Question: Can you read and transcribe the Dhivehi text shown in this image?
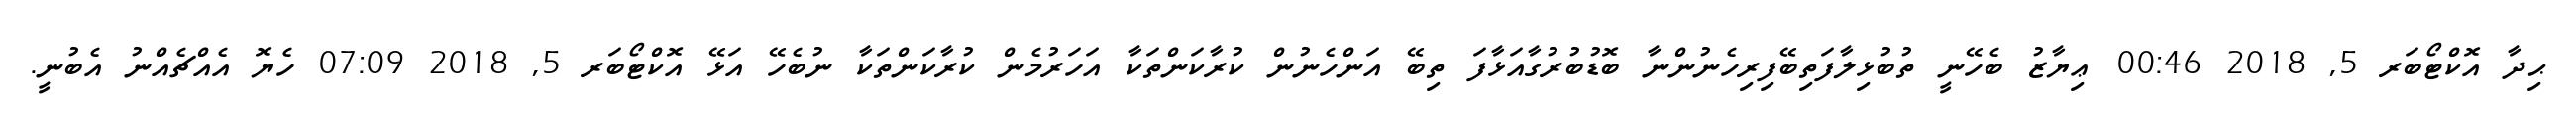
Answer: ޙިދާ އޮކްޓޯބަރ 5, 2018 00:46 ޢިޔާޒު ބެހޭނީ ތުބުޅިލާފަތިބޭފިރިހެނުންނާ ބޮޑުބުރުގާއަޅާފަ ތިބޭ އަންހެނުން ކުރާކަންތަކާ އަހަރުމެން ކުރާކަންތަކާ ނުބެހޭ އަޅޭ އޮކްޓޯބަރ 5, 2018 07:09 ހެޔޮ އެއްޗެއްނު އެބުނީ.